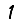
Digit: 1